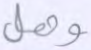
وهل